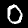
Label: 0